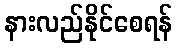
နားလည်နိုင်စေရန်